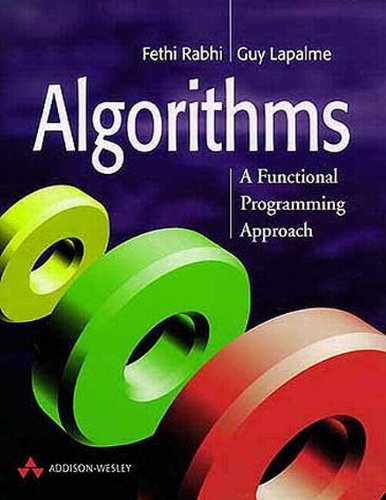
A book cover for Algorithms: A Functional Programming Approach (International Computer Science Series); Fethi A. Rabhi; Computers & Technology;